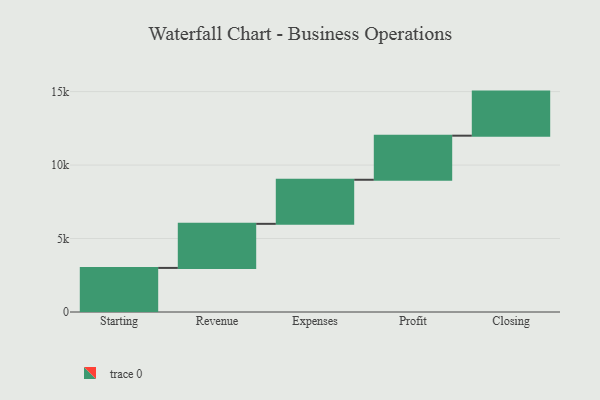
{"axis": {"x": "Step", "y": "Value"}, "legend": [""], "data": [{"x": "Starting", "y": 3000, "type": ""}, {"x": "Revenue", "y": 3000, "type": ""}, {"x": "Expenses", "y": 3000, "type": ""}, {"x": "Profit", "y": 3000, "type": ""}, {"x": "Closing", "y": 3000, "type": ""}]}